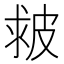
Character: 皳